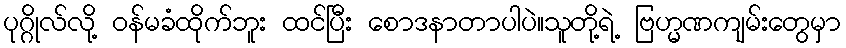
ပုဂ္ဂိုလ်လို့ ဝန်မခံထိုက်ဘူး ထင်ပြီး စောဒနာတာပါပဲ။သူတို့ရဲ့ ဗြဟ္မဏကျမ်းတွေမှာ